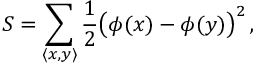
S = \sum _ { \langle x , y \rangle } { \frac { 1 } { 2 } } { \big ( } \phi ( x ) - \phi ( y ) { \big ) } ^ { 2 } \, ,